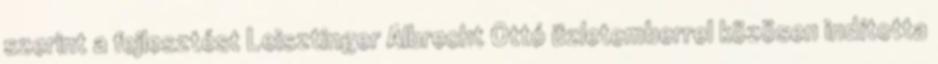
szerint a fejlesztést Leisztinger Albrecht Ottó üzletemberrel közösen indította